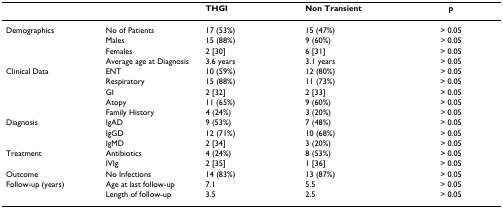
<table><thead><tr><td></td><td></td><td><b>THGI</b></td><td><b>Non Transient</b></td><td><b>p</b></td></tr></thead><tbody><tr><td>Demographics</td><td>No of Patients</td><td>17 (53%)</td><td>15 (47%)</td><td>&gt; 0.05</td></tr><tr><td></td><td>Males</td><td>15 (88%)</td><td>9 (60%)</td><td>&gt; 0.05</td></tr><tr><td></td><td>Females</td><td>2 [30]</td><td>6 [31]</td><td>&gt; 0.05</td></tr><tr><td></td><td>Average age at Diagnosis</td><td>3.6 years</td><td>3.1 years</td><td>&gt; 0.05</td></tr><tr><td>Clinical Data</td><td>ENT</td><td>10 (59%)</td><td>12 (80%)</td><td>&gt; 0.05</td></tr><tr><td></td><td>Respiratory</td><td>15 (88%)</td><td>11 (73%)</td><td>&gt; 0.05</td></tr><tr><td></td><td>GI</td><td>2 [32]</td><td>2 [33]</td><td>&gt; 0.05</td></tr><tr><td></td><td>Atopy</td><td>11 (65%)</td><td>9 (60%)</td><td>&gt; 0.05</td></tr><tr><td></td><td>Family History</td><td>4 (24%)</td><td>3 (20%)</td><td>&gt; 0.05</td></tr><tr><td>Diagnosis</td><td>IgAD</td><td>9 (53%)</td><td>7 (48%)</td><td>&gt; 0.05</td></tr><tr><td></td><td>IgGD</td><td>12 (71%)</td><td>10 (68%)</td><td>&gt; 0.05</td></tr><tr><td></td><td>IgMD</td><td>2 [34]</td><td>3 (20%)</td><td>&gt; 0.05</td></tr><tr><td>Treatment</td><td>Antibiotics</td><td>4 (24%)</td><td>8 (53%)</td><td>&gt; 0.05</td></tr><tr><td></td><td>IVIg</td><td>2 [35]</td><td>1 [36]</td><td>&gt; 0.05</td></tr><tr><td>Outcome</td><td>No Infections</td><td>14 (83%)</td><td>13 (87%)</td><td>&gt; 0.05</td></tr><tr><td>Follow-up (years)</td><td>Age at last follow-up</td><td>7.1</td><td>5.5</td><td>&gt; 0.05</td></tr><tr><td></td><td>Length of follow-up</td><td>3.5</td><td>2.5</td><td>&gt; 0.05</td></tr></tbody></table>